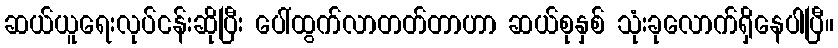
ဆယ်ယူရေးလုပ်ငန်းဆိုပြီး ပေါ်ထွက်လာတတ်တာဟာ ဆယ်စုနှစ် သုံးခုလောက်ရှိနေပါပြီ။